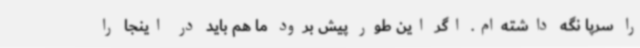
را سرپا نگه داشته‌ام. اگر این طور پیش برود ما هم باید در اینجا را